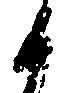
候